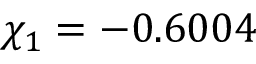
\chi _ { 1 } = - 0 . 6 0 0 4